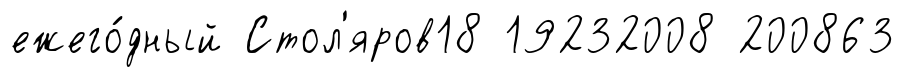
ежего́дный Стол'яров18 19232008 200863